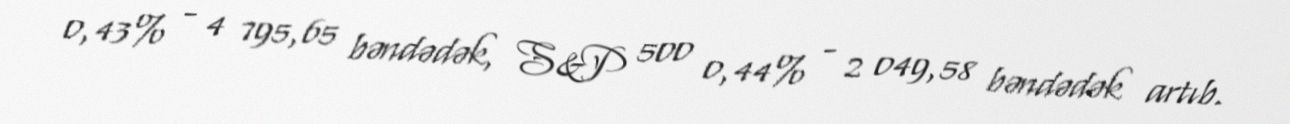
0,43% - 4 795,65 bəndədək, S&P 500 0,44% - 2 049,58 bəndədək artıb.